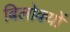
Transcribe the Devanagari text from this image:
बिलोक्‍यों